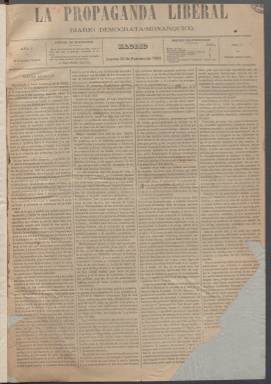
Título: La Propaganda liberal
Colección: Periódicos
Ámbito geográfico: Madrid
Lugar de publicación: Madrid
Fechas: 01/01/1882-24/08/1883

La colección de la BNE consta de cinco volúmenes que comprenden del 16 de febrero al 30 abril de 1882 y del 15 de agosto de 1882 al 24 de agosto de 1883.